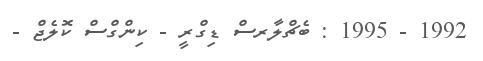
1992 - 1995 : ބެޗްލާރސް ޑިގްރީ - ކިންގްސް ކޮލެޖް -